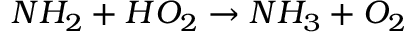
N H _ { 2 } + H O _ { 2 } \rightarrow N H _ { 3 } + O _ { 2 }